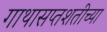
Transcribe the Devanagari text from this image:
गाथासप्तशतीच्या